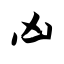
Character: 凶